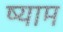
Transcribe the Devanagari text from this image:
ष्याम